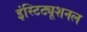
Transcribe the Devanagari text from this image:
इंस्टिट्यूशनल